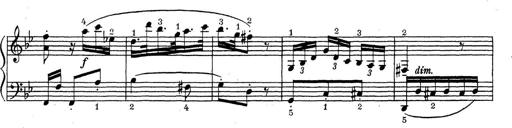
Title: ÄŒeskÃ© Sonatiny
Composer: Various